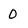
Character: 0